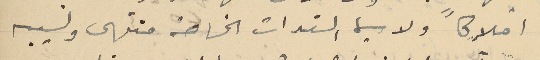
املاكاً ولا سيما السندات الخاصة منتهى ونسيبه